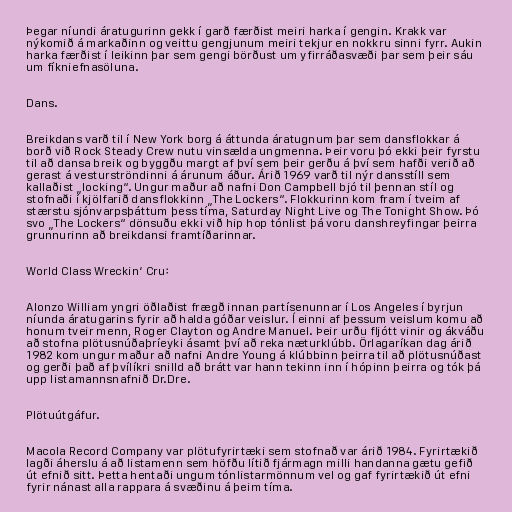
Þegar níundi áratugurinn gekk í garð færðist meiri harka í gengin. Krakk var
nýkomið á markaðinn og veittu gengjunum meiri tekjur en nokkru sinni fyrr. Aukin
harka færðist í leikinn þar sem gengi börðust um yfirráðasvæði þar sem þeir sáu
um fíkniefnasöluna.

Dans.

Breikdans varð til í New York borg á áttunda áratugnum þar sem dansflokkar á
borð við Rock Steady Crew nutu vinsælda ungmenna. Þeir voru þó ekki þeir fyrstu
til að dansa breik og byggðu margt af því sem þeir gerðu á því sem hafði verið að
gerast á vesturströndinni á árunum áður. Árið 1969 varð til nýr dansstíll sem
kallaðist „locking“. Ungur maður að nafni Don Campbell bjó til þennan stíl og
stofnaði í kjölfarið dansflokkinn „The Lockers“. Flokkurinn kom fram í tveim af
stærstu sjónvarpsþáttum þess tíma, Saturday Night Live og The Tonight Show. Þó
svo „The Lockers“ dönsuðu ekki við hip hop tónlist þá voru danshreyfingar þeirra
grunnurinn að breikdansi framtíðarinnar.

World Class Wreckin‘ Cru:

Alonzo William yngri öðlaðist frægð innan partísenunnar í Los Angeles í byrjun
níunda áratugarins fyrir að halda góðar veislur. Í einni af þessum veislum komu að
honum tveir menn, Roger Clayton og Andre Manuel. Þeir urðu fljótt vinir og ákváðu
að stofna plötusnúðaþríeyki ásamt því að reka næturklúbb. Örlagaríkan dag árið
1982 kom ungur maður að nafni Andre Young á klúbbinn þeirra til að plötusnúðast
og gerði það af þvílíkri snilld að brátt var hann tekinn inn í hópinn þeirra og tók þá
upp listamannsnafnið Dr.Dre.

Plötuútgáfur.

Macola Record Company var plötufyrirtæki sem stofnað var árið 1984. Fyrirtækið
lagði áherslu á að listamenn sem höfðu lítið fjármagn milli handanna gætu gefið
út efnið sitt. Þetta hentaði ungum tónlistarmönnum vel og gaf fyrirtækið út efni
fyrir nánast alla rappara á svæðinu á þeim tíma.